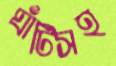
ঘাঁটিসহ